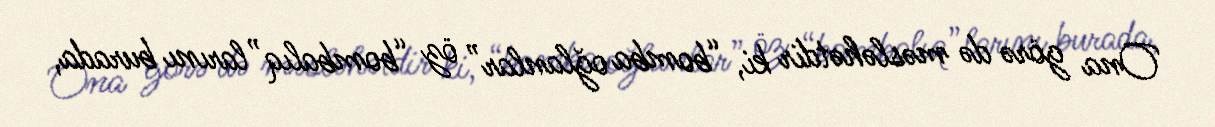
Ona görə də məsləhətdir ki, “bomba oğlanlar” öz “bombalıq”larını burada,